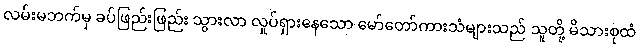
လမ်းမဘက်မှ ခပ်ဖြည်းဖြည်း သွားလာ လှုပ်ရှားနေသော မော်တော်ကားသံများသည် သူတို့ မိသားစုထံ